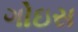
ગોઇસ